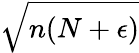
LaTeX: \sqrt{n(N+\epsilon)}